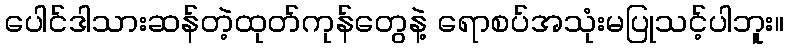
ပေါင်ဒါသားဆန်တဲ့ထုတ်ကုန်တွေနဲ့ ရောစပ်အသုံးမပြုသင့်ပါဘူး။